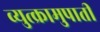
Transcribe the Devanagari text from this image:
व्युत्क्रामुपाती